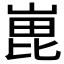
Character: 𭖵